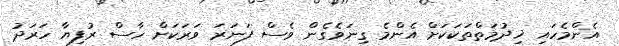
އެންމެހައި ޚިދުމަތްތަކަކަށް އެންމެ ގިނަވެގެން ވެސް ފަނަރަ ވަރަކަށް ހާސް ރުފިޔާ ހަރަދު